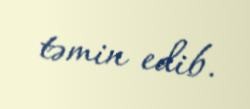
təmin edib.